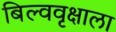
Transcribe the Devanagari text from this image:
बिल्ववृक्षाला